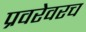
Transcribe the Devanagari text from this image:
प्रवरेवरच